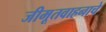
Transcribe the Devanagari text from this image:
जीमूतवाहनाचे